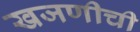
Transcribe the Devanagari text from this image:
खजणीची